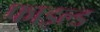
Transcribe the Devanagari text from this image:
फाइल्ड